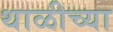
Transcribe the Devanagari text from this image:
थाळीच्या